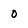
Character: 0